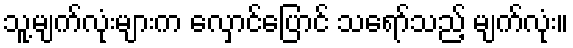
သူ့မျက်လုံးများက လှောင်ပြောင် သရော်သည့် မျက်လုံး။